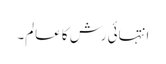
انتہائی رش کا عالم۔